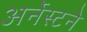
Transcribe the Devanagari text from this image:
अर्नेस्टने